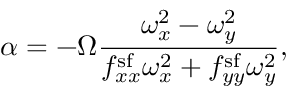
\alpha = - \Omega \frac { \omega _ { x } ^ { 2 } - \omega _ { y } ^ { 2 } } { f _ { x x } ^ { \mathrm { s f } } \omega _ { x } ^ { 2 } + f _ { y y } ^ { \mathrm { s f } } \omega _ { y } ^ { 2 } } ,